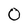
Character: 0